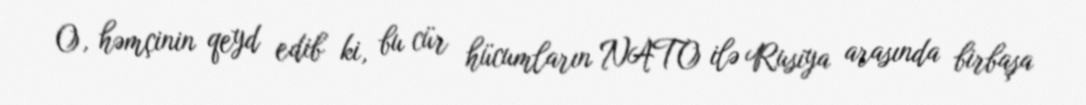
O, həmçinin qeyd edib ki, bu cür hücumların NATO ilə Rusiya arasında birbaşa